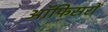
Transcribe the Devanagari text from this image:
ऑफिसरों